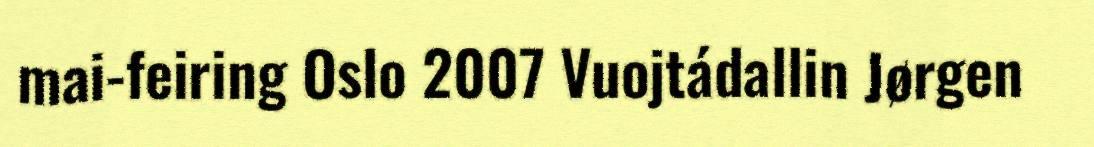
mai-feiring Oslo 2007 Vuojtádallin Jørgen